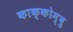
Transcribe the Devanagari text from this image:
काक्कोम्बु